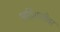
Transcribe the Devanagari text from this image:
अहिराणीवर